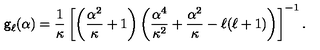
{ \sf g } _ { \ell } ( { \alpha } ) = \frac { 1 } { \kappa } \left[ \left( { \frac { \alpha ^ { 2 } } { \kappa } + 1 } \right) \left( \frac { \alpha ^ { 4 } } { \kappa ^ { 2 } } + \frac { \alpha ^ { 2 } } { \kappa } - { \ell } ( { \ell } + 1 ) \right) \right] ^ { - 1 } .